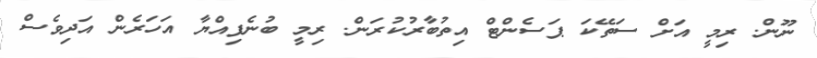
ނޫން. ރިމީ އަށް ސަތޭކަ ޕަސެންޓް އިތުބާރުކުރަން. ރިމީ ބުނެފިއްޔާ އަހަރެން އަދިވެސް